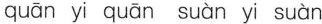
quān yi quān suàn yi suàn